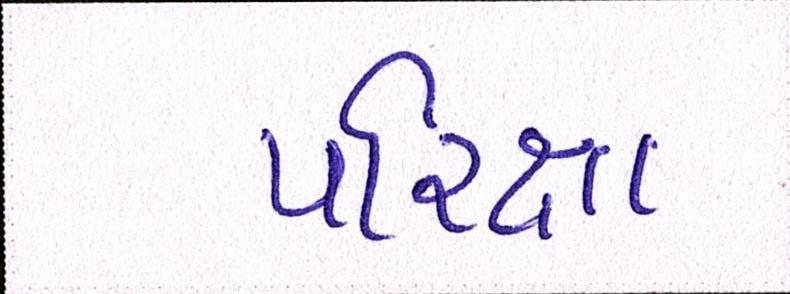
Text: પરિક્ષા